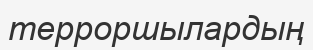
терроршылардың